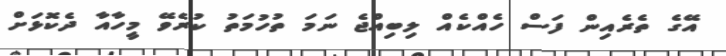
އޭގެ ތެރެއިން ފަސް ހެއްކެއް ލިބިއްޖެ ނަމަ ތުހުމަތު ކުރެވޭ މީހާއާ ދެކޮޅަށް